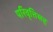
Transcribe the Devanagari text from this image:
परिवृत्तिसह